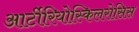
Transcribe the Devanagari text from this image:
आर्टीरियोस्किलरोसिस